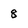
Character: 8